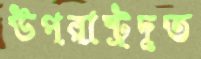
উপরাষ্ট্রদূত